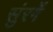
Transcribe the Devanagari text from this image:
सुंरगें